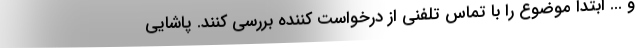
و ... ابتدا موضوع را با تماس تلفنی از درخواست کننده بررسی کنند. پاشایی